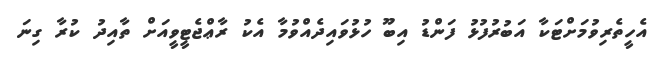
އެހީތެރިވުމަށްޓަކާ އަބުރުފުޅު ފަންޑު އިބޫ ހުޅުވައިދެއްވުމާ އެކު ރާޢްޖެޓީވީއަށް ތާއިދު ކުރާ ގިނަ